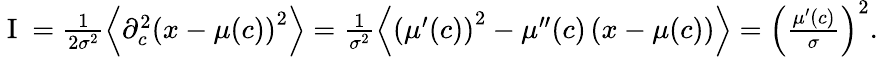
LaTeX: \begin{array}{r}{\mathrm{~I~}=\frac{1}{2\sigma^{2}}\left\langle\partial_{c}^{2}\left(x-\mu(c)\right)^{2}\right\rangle=\frac{1}{\sigma^{2}}\left\langle\left(\mu^{\prime}(c)\right)^{2}-\mu^{\prime\prime}(c)\left(x-\mu(c)\right)\right\rangle=\left(\frac{\mu^{\prime}(c)}{\sigma}\right)^{2}.}\end{array}